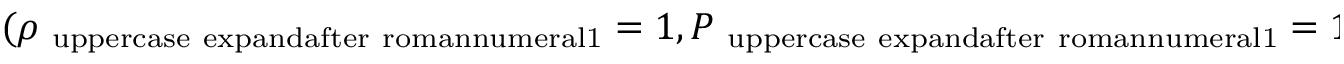
( \rho _ { \mathrm { \ u p p e r c a s e \ e x p a n d a f t e r { \ r o m a n n u m e r a l 1 } } } = 1 , P _ { \mathrm { \ u p p e r c a s e \ e x p a n d a f t e r { \ r o m a n n u m e r a l 1 } } } = 1 )